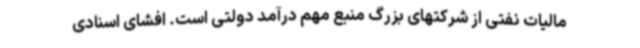
مالیات نفتی از شرکتهای بزرگ منبع مهم درآمد دولتی است. افشای اسنادی